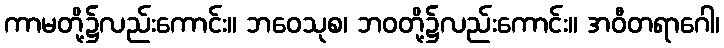
ကာမတို့၌လည်းကောင်း။ ဘဝေသုစ၊ ဘဝတို့၌လည်းကောင်း။ အဝီတရာဂေါ၊